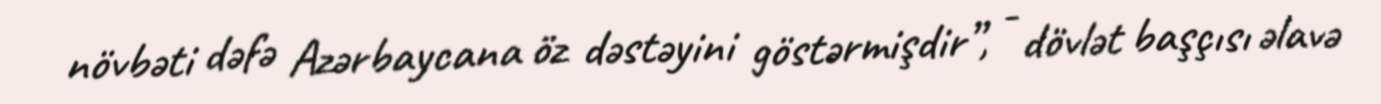
növbəti dəfə Azərbaycana öz dəstəyini göstərmişdir”, - dövlət başçısı əlavə